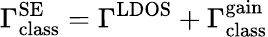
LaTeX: \Gamma_{\mathrm{class}}^{\mathrm{SE}}=\Gamma^{\mathrm{LDOS}}+\Gamma_{\mathrm{class}}^{\mathrm{gain}}